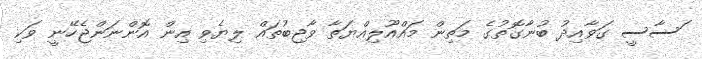
ަސާސީ ގަވާއިދު ބުނާގޮތުގެ މަތިން މައްއޫލިއްޔަތާ ވާޖިބުތައް ލިޔެވި އިން އޮންނަންޖެހޭނީ ވަކި